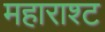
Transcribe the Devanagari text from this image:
महाराश्ट